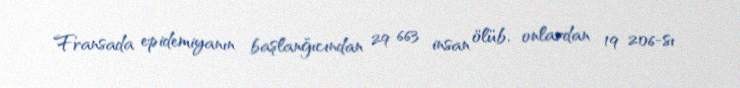
Fransada epidemiyanın başlanğıcından 29 663 insan ölüb, onlardan 19 206-sı